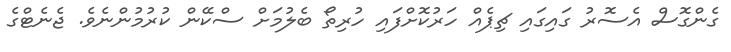
ގެންގޮސް އެސޮރު ގައިގައި ޗިޕެއް ހަރުކޮށްފައި ހުރިތޯ ބެލުމަށް ސްކޭން ކުރުމުންނެވެ. ޖެނެޓްގެ